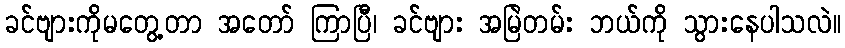
ခင်ဗျားကိုမတွေ့တာ အတော် ကြာပြီ၊ ခင်ဗျား အမြဲတမ်း ဘယ်ကို သွားနေပါသလဲ။